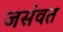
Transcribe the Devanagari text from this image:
जसंवत